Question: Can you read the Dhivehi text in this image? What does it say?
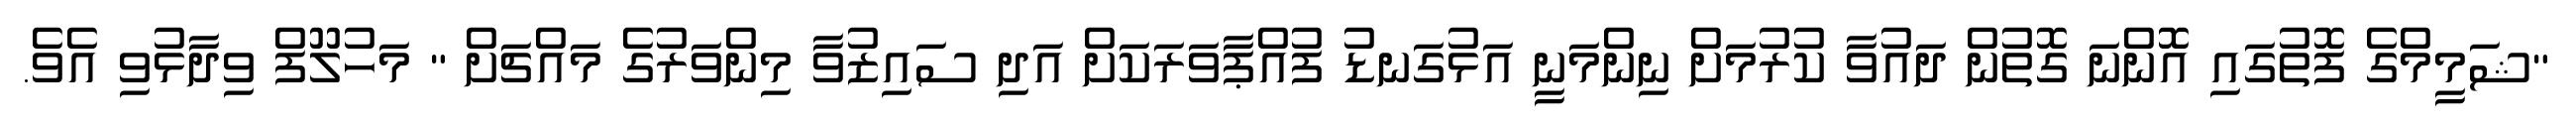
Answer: "ޝަމީމްގެ ފޮތުގައި އޮންނަ ގޮތުން ދައުވާ ކުރުމަށް ނިންމަނީ އަޅުގަނޑު ފުއްޕާވަރަކަށް އަދި ސައިޒުވާ މިންވަރުގެ މައްޗަށް " މަހުލޫފް ވިދާޅުވި އެވެ.